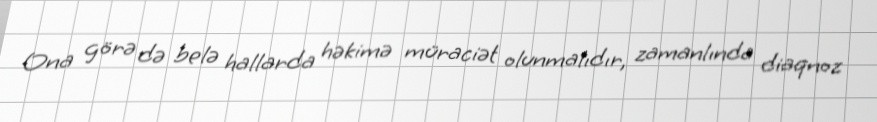
Ona görə də belə hallarda həkimə müraciət olunmalıdır, zamanlında diaqnoz